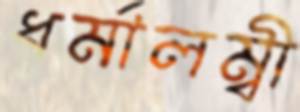
ধর্মালম্বী